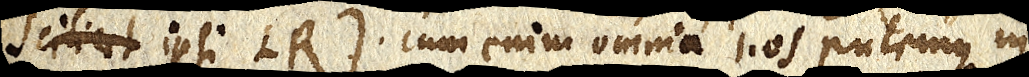
scilicet ipsi LR). cum enim omnia hos putemus in